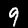
Digit: 9